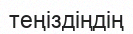
теңіздіңдің